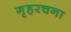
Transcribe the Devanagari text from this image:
गृहरचना